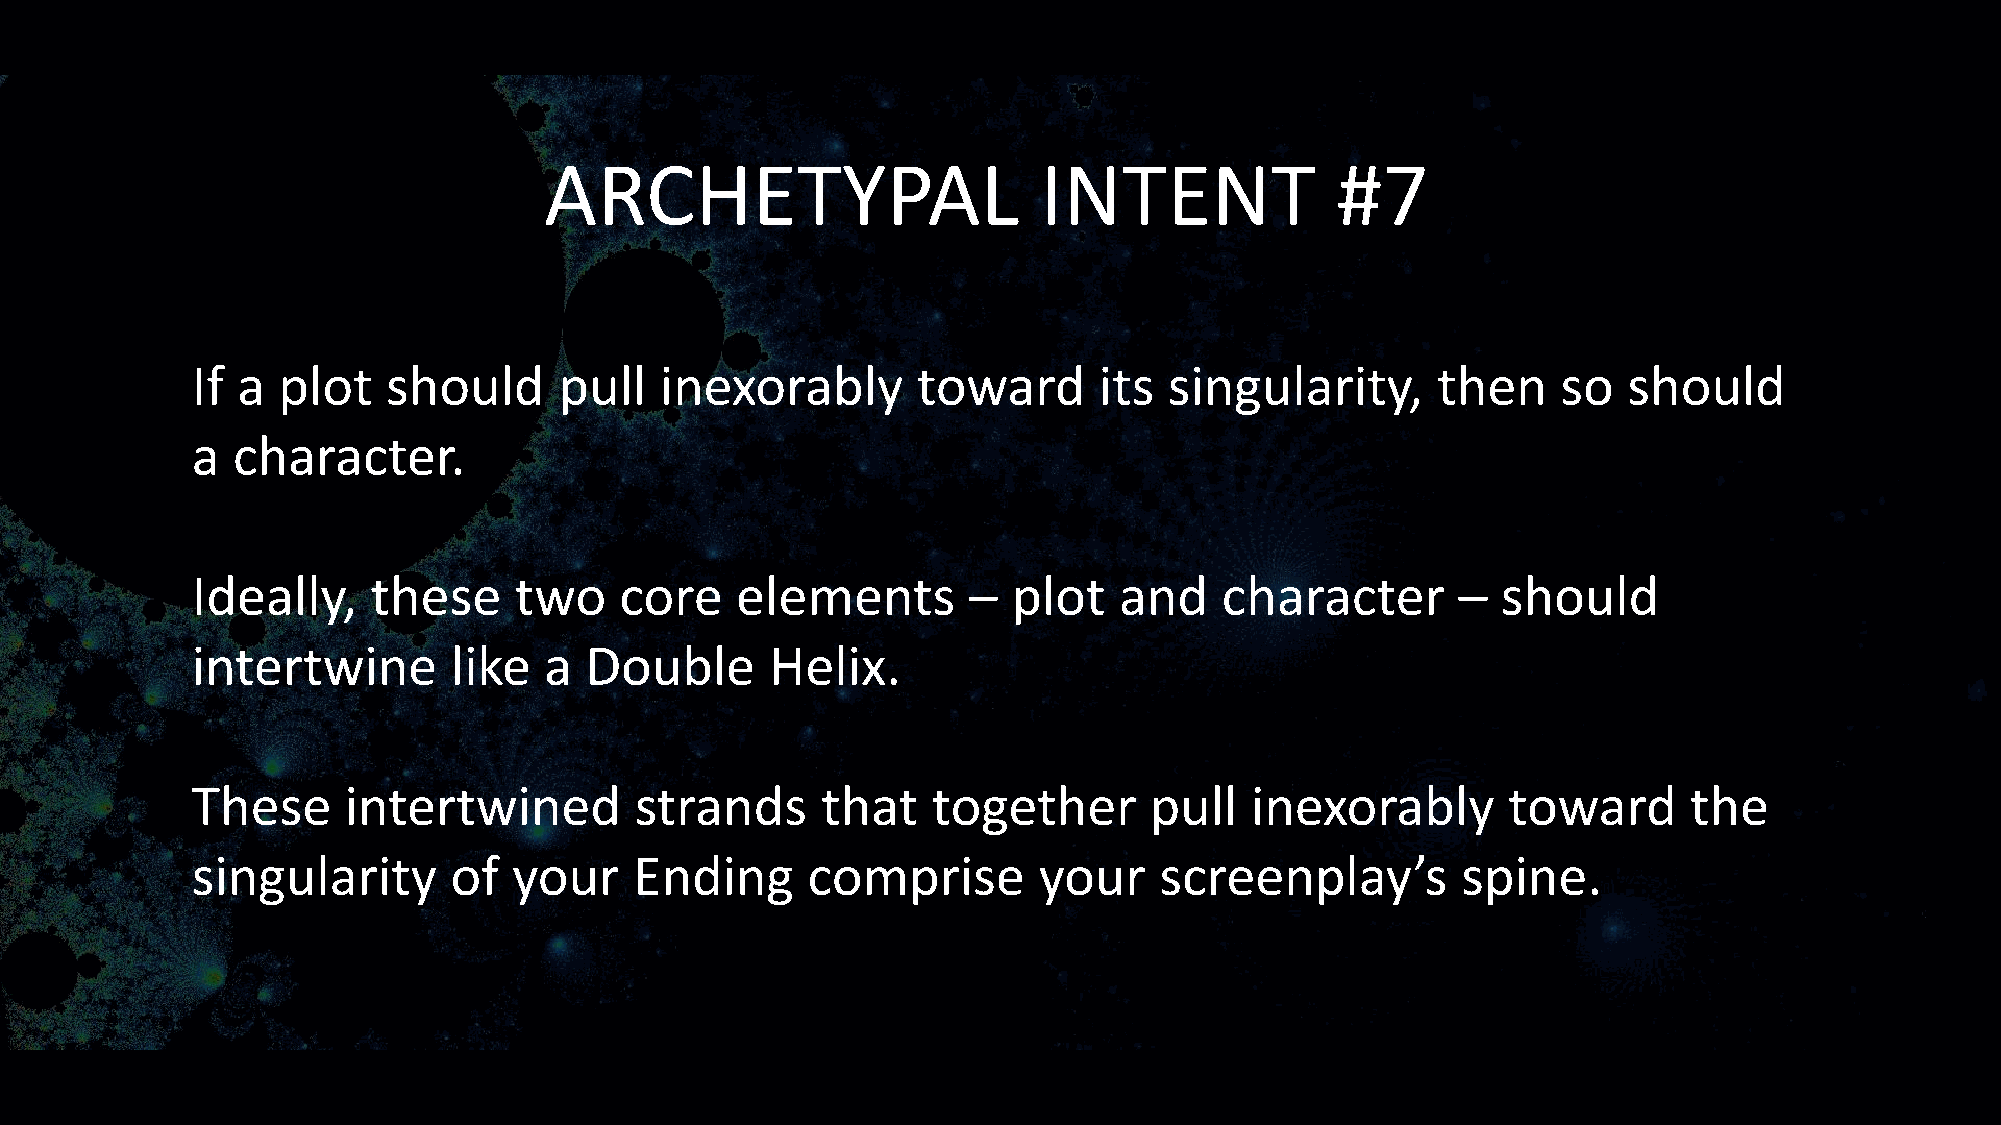
ARCHETYPAL                       INTENT             #7
 If a plot    should     pull   inexorably       toward      its singularity,      then    so   should
 a character.
 Ideally,    these    two    core    elements       –  plot   and    character       – should
 intertwine       like  a  Double      Helix.
 These     intertwined        strands     that    together      pull   inexorably       toward      the
 singularity      of  your    Ending     comprise        your    screenplay’s        spine.